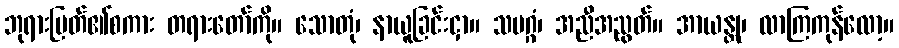
ဘုရားမြတ်၏စကား တရားတော်ကို။ သောတုံ၊ နာယူခြင်းငှာ။ သမဂ္ဂံ၊ အညီအညွတ်။ အာယန္တု၊ လာကြကုန်လော့။